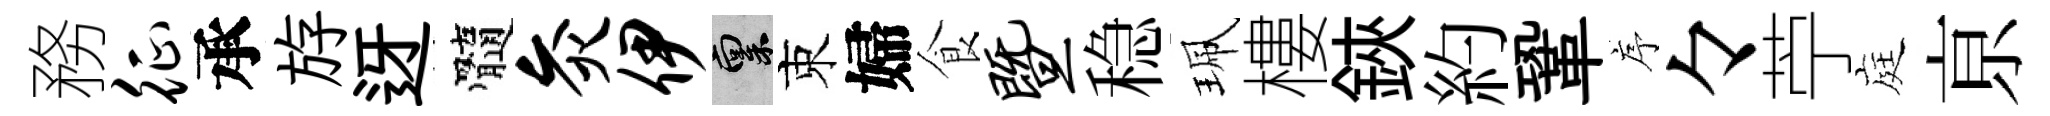
務征承斿迓髓灸伊禀束婦食暨稳珮樓鋏約鞏序々苧庭亰